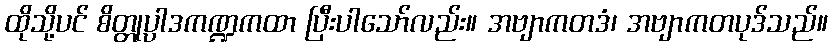
ထိုသို့ပင် စိတ္တုပ္ပါဒကဏ္ဍကထာ ပြီးပါသော်လည်း။ အဗျာကတဒံ၊ အဗျာကတပုဒ်သည်။